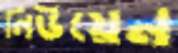
লিউয়েন